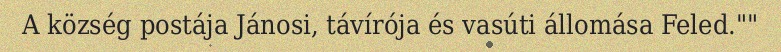
A község postája Jánosi, távírója és vasúti állomása Feled.""